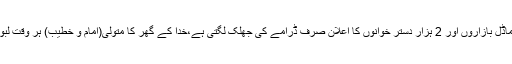
پنجاب سرکار کا 330 سستے رمضان بازاروں،25 ماڈل بازاروں اور 2 ہزار دستر خوانوں کا اعلان صرف ڈرامے کی جھلک لگتی ہے،خدا کے گھر کا متولی(امام و خطیب) ہر وقت لبوں پر ایک ہی جملہ سجائے، (جب آؤ گے کیا لاؤ گے۔